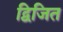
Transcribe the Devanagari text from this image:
द्विजित